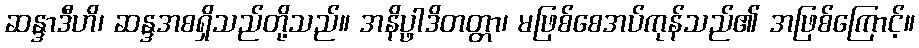
ဆန္ဒာဒီဟိ၊ ဆန္ဒအစရှိသည်တို့သည်။ အနိပ္ဖါဒိတတ္တာ၊ မဖြစ်စေအပ်ကုန်သည်၏ အဖြစ်ကြောင့်။